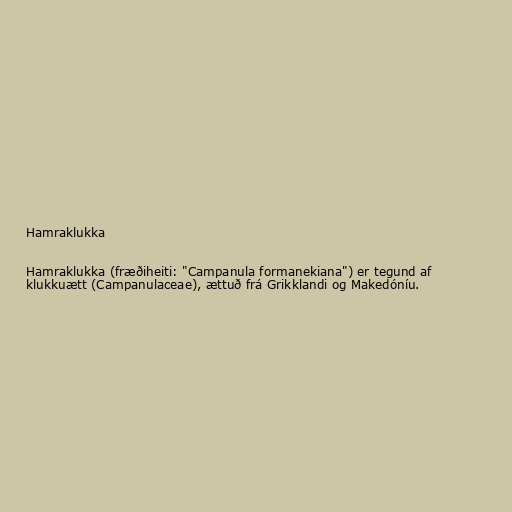
Hamraklukka

Hamraklukka (fræðiheiti: "Campanula formanekiana") er tegund af
klukkuætt (Campanulaceae), ættuð frá Grikklandi og Makedóníu.